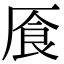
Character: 𠩸